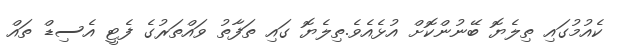
ކެއުމުގައި ތިލެޔޮ ބޭނުންކޮށް އުޅެއެވެ.ތިލެޔޮ ގައި ތަފާތު ވައްތަރުގެ ފެޓީ އެސިޑް ތައް